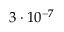
3 \cdot 1 0 ^ { - 7 }